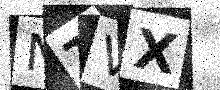
Text: NTVX